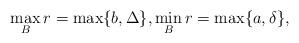
LaTeX: \begin{align*}\max_B r=\max\{b,\Delta\},\min_B r=\max\{a,\delta\},\end{align*}